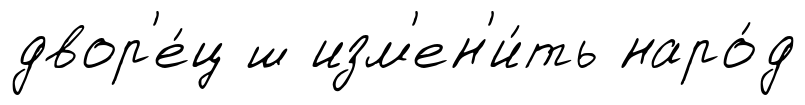
двор'е́ц ш изм'ен'и́ть наро́д